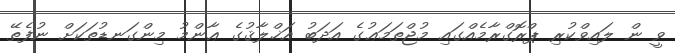
ވީ ން ލައިވްކުރި ޕްރޮގްރާމެއްގައި މުޖްތަމަޢުގެ އަދަބު އަޚްލާޤުގެ ޢާންމު މިންގަނޑުތަކަށް ނުފެތޭ